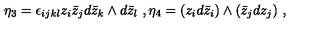
\eta _ { 3 } = \epsilon _ { i j k l } z _ { i } \bar { z } _ { j } d \bar { z } _ { k } \wedge d \bar { z } _ { l } \ , \eta _ { 4 } = ( z _ { i } d \bar { z } _ { i } ) \wedge ( \bar { z } _ { j } d z _ { j } ) \ ,